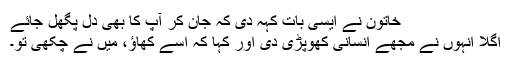
خاتون نے ایسی بات کہہ دی کہ جان کر آپ کا بھی دل پگھل جائے
اگلا انہوں نے مجھے انسانی کھوپڑی دی اور کہا کہ اسے کھاؤ، میں نے چکھی تو۔